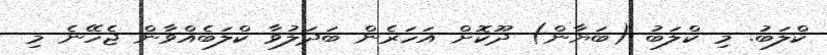
ކްލަބު. މި ކްލަބު (ބަޔާން) ދޫކޮށް އަހަރެން ބަދަލުވާ ކްލަބެއްވާން ޖެހޭނެ މި